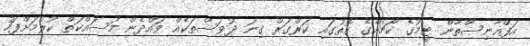
އަފްޣާނިސްތާން ޓީމުގެ ކޯޗެއްގެ ގޮތުގައި ކަރްގަރް ގިނަ ދުވަސްތަކެއް ވައްދެން މަސައްކަތް ކުރުމަށްފަހު